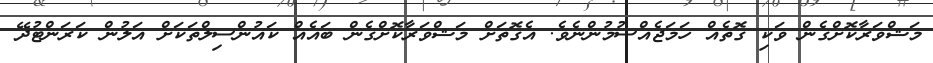
މަޝްވަރާކޮށްގެން ވަކި ގޮތެއް ހަމަޖެއްސުމުންނެވެ. އެގޮތަށް މަޝްވަރާކޮށްގެން ބައެއް ކައުންސިލްތަކަށް އަލުން ކަރަންޓުދޭ